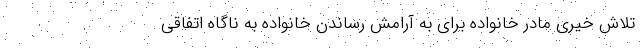
تلاش خیری مادر خانواده برای به آرامش رساندن خانواده به ناگاه اتفاقی